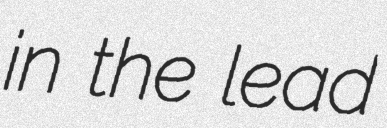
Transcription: in the lead